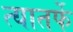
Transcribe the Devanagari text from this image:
त्यातर्फे